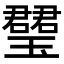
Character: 𤪡